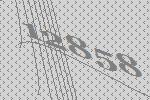
12858